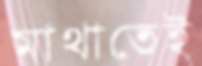
মাথাতেই